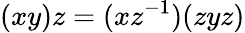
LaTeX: (xy)z=(xz^{-1})(zyz)